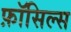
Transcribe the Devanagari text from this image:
फ़ॉसिल्स